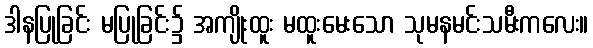
ဒါနပြုခြင်း မပြုခြင်း၌ အကျိုးထူး မထူးမေးသော သုမနမင်းသမီးကလေး။